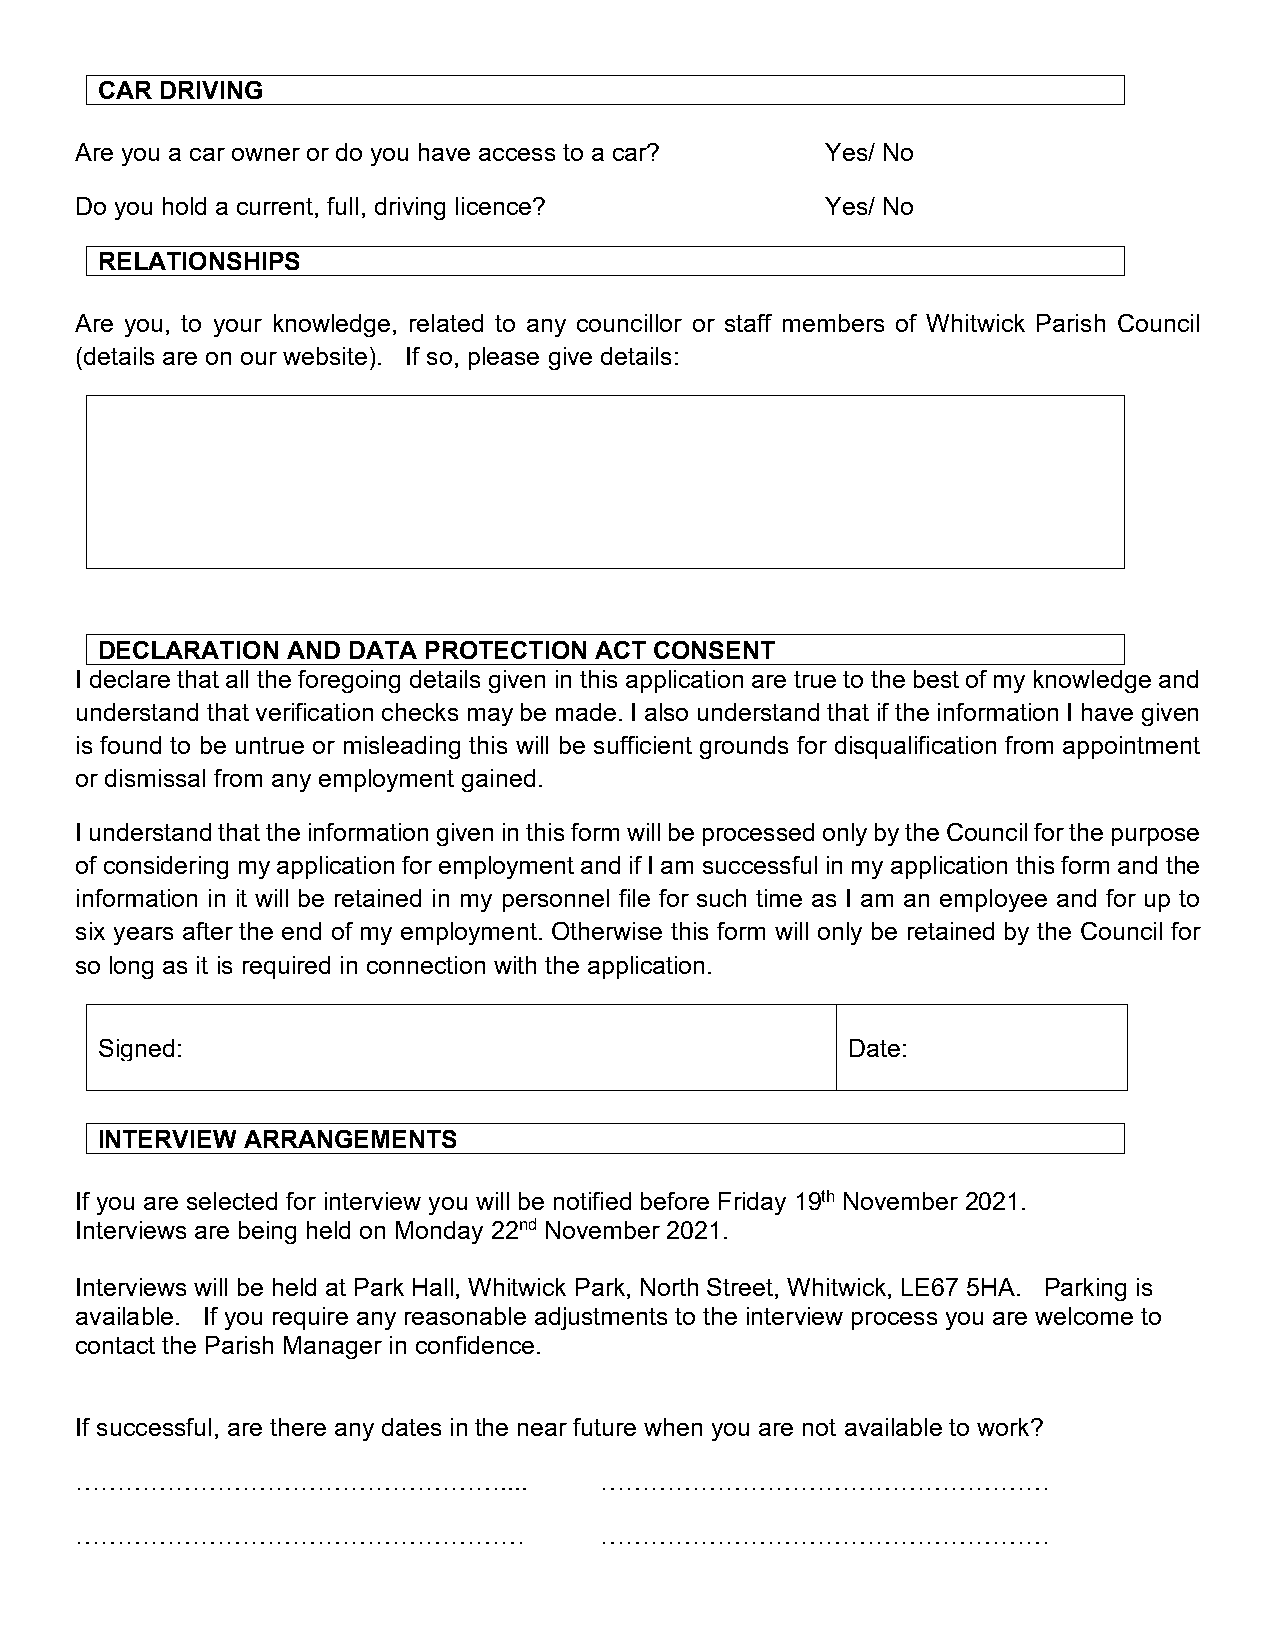
CAR  DRIVING
 Are you a car owner or do you have access to a car? Yes/ No
 Do you hold a current, full, driving licence?     Yes/ No
 RELATIONSHIPS
 Are you, to your knowledge, related to any councillor or staff members of Whitwick Parish Council
 (details are on our website). If so, please give details:
 DECLARATION  AND DATA PROTECTION ACT CONSENT
 I declare that all the foregoing details given in this application are true to the best of my knowledge and
 understand that verification checks may be made. I also understand that if the information I have given
 is found to be untrue or misleading this will be sufficient grounds for disqualification from appointment
 or dismissal from any employment gained.
 I understand that the information given in this form will be processed only by the Council for the purpose
 of considering my application for employment and if I am successful in my application this form and the
 information in it will be retained in my personnel file for such time as I am an employee and for up to
 six years after the end of my employment. Otherwise this form will only be retained by the Council for
 so long as it is required in connection with the application.
 Signed:                                           Date:
 INTERVIEW ARRANGEMENTS
 If you are selected for interview you will be notified before Friday 19th November 2021.
 Interviews are being held on Monday 22nd November 2021.
 Interviews will be held at Park Hall, Whitwick Park, North Street, Whitwick, LE67 5HA. Parking is
 available. If you require any reasonable adjustments to the interview process you are welcome to
 contact the Parish Manager in confidence.
 If successful, are there any dates in the near future when you are not available to work?
 ……………………………………………....              ………………………………………………
 ………………………………………………                 ………………………………………………